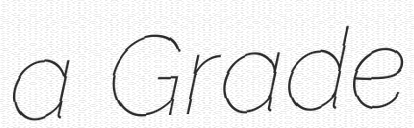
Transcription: a Grade